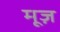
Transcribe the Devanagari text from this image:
मूज़